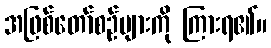
အဖြစ်တော်စဉ်များကို ကြားရ၏။